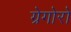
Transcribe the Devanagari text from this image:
ग्रेगोरो